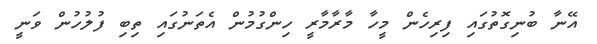
އޭނާ ބުނިގޮތުގައި ފިރިހެން މީހާ މާރާމާރީ ހިންގުމުން އެތަނުގައި ތިބި ފުލުހުން ވަނީ